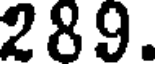
289.